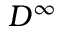
D ^ { \infty }